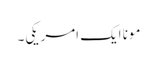
مونا ایک امریکی۔